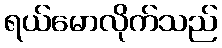
ရယ်မောလိုက်သည်